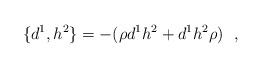
\begin{align*}\{ d^{1},h^{2}\} =-(\rho d^{1}h^{2}+d^{1}h^{2}\rho) \ \ ,\end{align*}